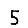
Digit: 5